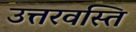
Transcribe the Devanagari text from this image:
उत्तरवस्ति